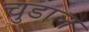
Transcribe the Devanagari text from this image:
चुडाल